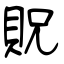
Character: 貺